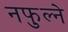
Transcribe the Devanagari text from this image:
नफुल्ने